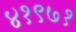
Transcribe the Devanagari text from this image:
४१९७१